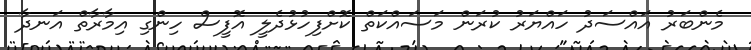
މެންބަރު އައްސަދު ހައްޔަރު ކުރަން މަސައްކަތް ކޮށްފިހުޅުދެލީ އޮފީސް ހިންގި އިމާރާތް އަނދާ